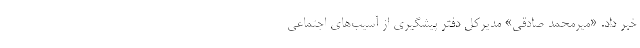
خبر داد. «میرمحمد صادقی» مدیرکل دفتر پیشگیری از آسیب‌های اجتماعی